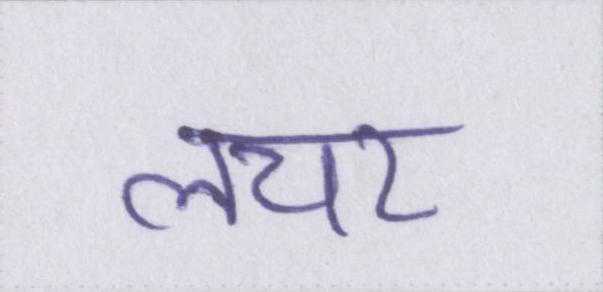
लचर